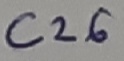
Text: C26